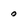
Character: 0